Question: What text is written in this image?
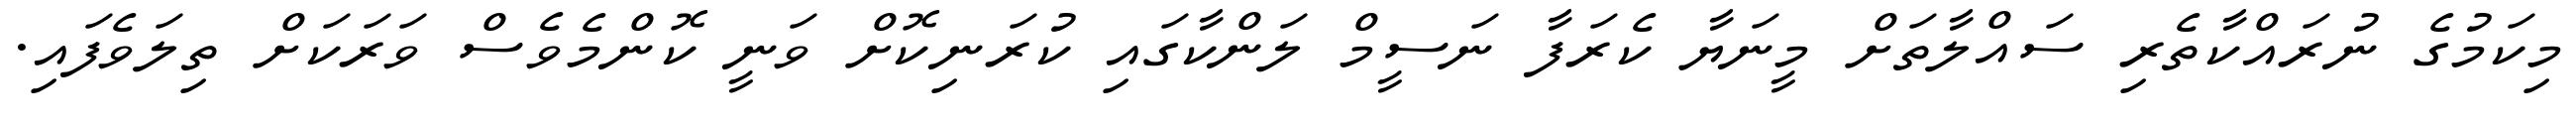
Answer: މިކަމުގެ ނުރައްކާތެރި ސައްލާތަށް މީނަޔާ ކެރަފާ ނަސީމް ލަންކާގައި ކުރަނިކޮށް ވަނީ ކޮންމެވެސް ވަރަކަށް ތިލަވެފައި.